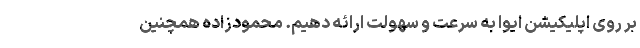
بر روی اپلیکیشن ایوا به سرعت و سهولت ارائه دهیم. محمودزاده همچنین